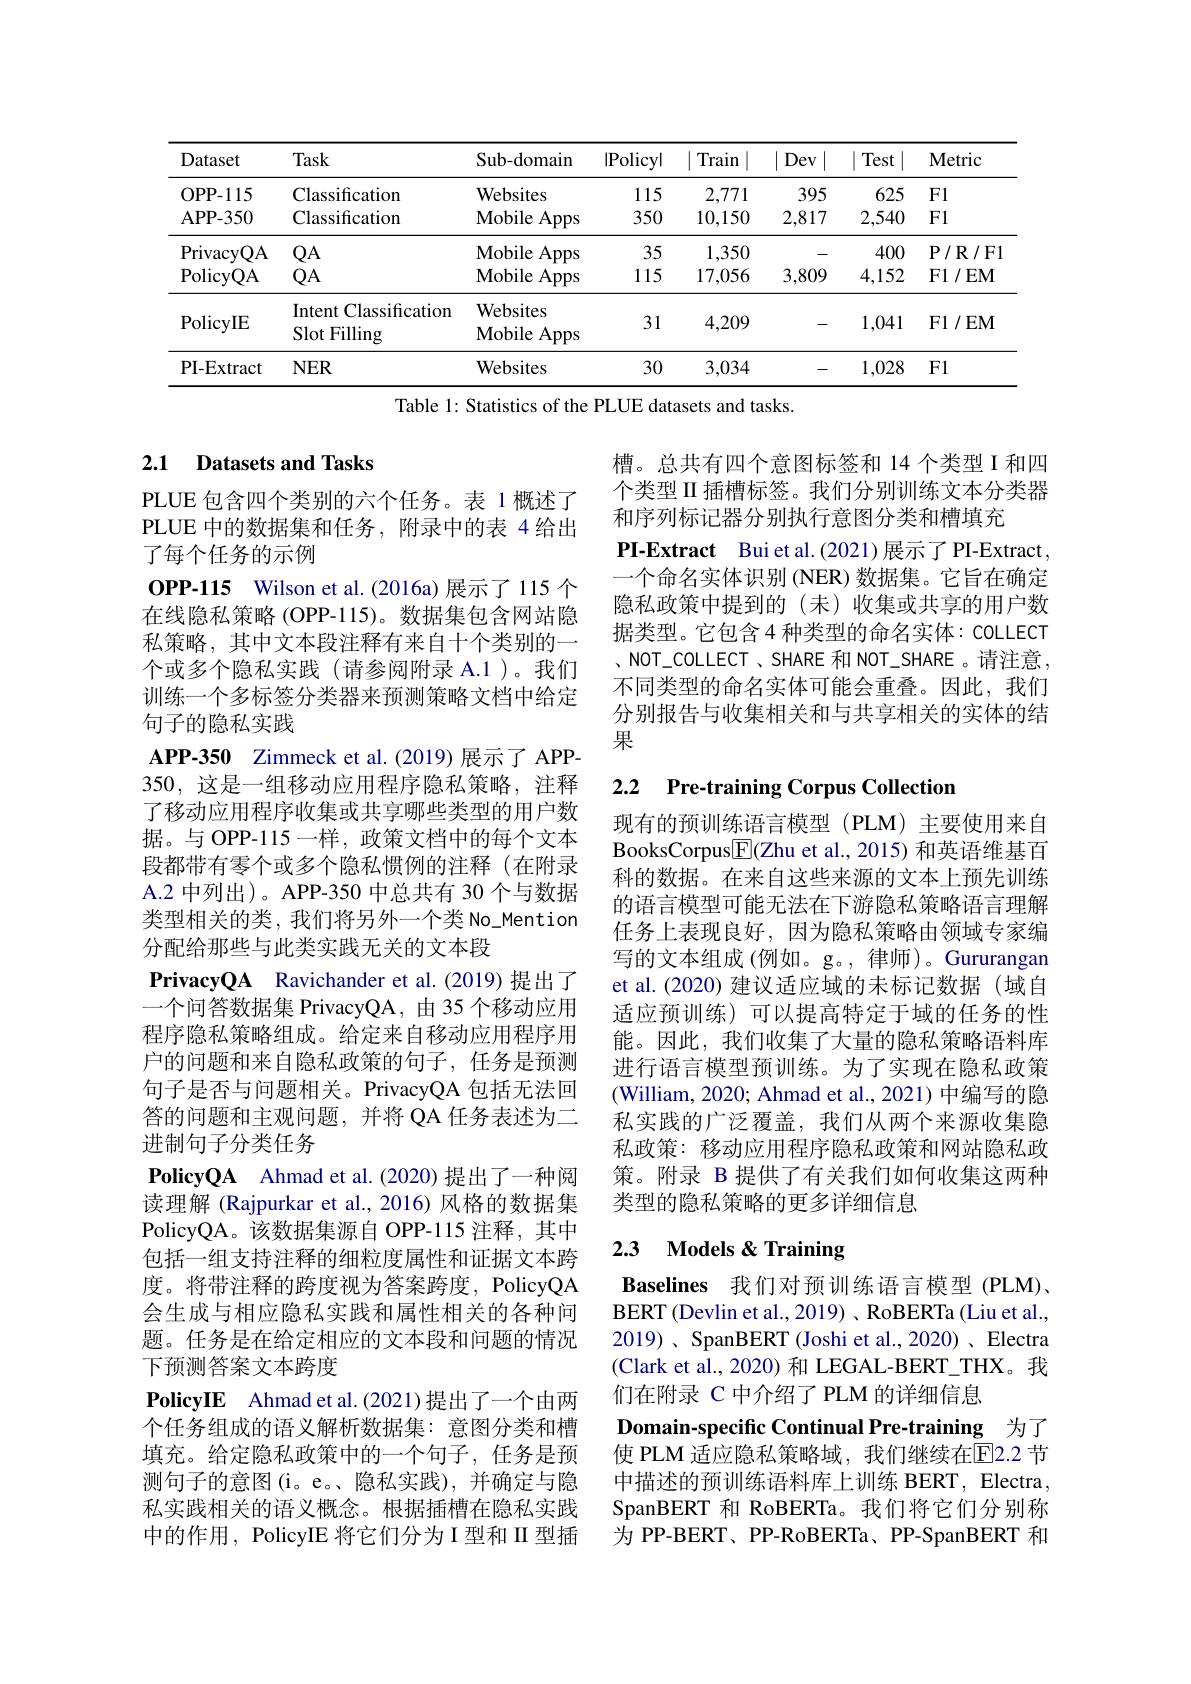
<table>
	<tbody>
		<tr>
			<th>Dataset</th>
			<th>Task</th>
			<th>Sub-domain</th>
			<th>|Policy|</th>
			<th>Train </th>
			<th>Dev</th>
			<th>Test</th>
			<th>Metric</th>
		</tr>
		<tr>
			<td>OPP-115</td>
			<td>Classification</td>
			<td>Websites</td>
			<td>115</td>
			<td>2,771</td>
			<td>395</td>
			<td>625</td>
			<td>F1</td>
		</tr>
		<tr>
			<td>APP- 350</td>
			<td>Classification</td>
			<td>Mobile Apps</td>
			<td>350</td>
			<td>10,150</td>
			<td>2,817</td>
			<td>2,540</td>
			<td>F1</td>
		</tr>
		<tr>
			<td>PrivacyQA PolicyQA</td>
			<td>$QA$ $QA$</td>
			<td>Mobile Apps Mobile Apps</td>
			<td>35 115</td>
			<td>1,350 17,056</td>
			<td>- 3,809</td>
			<td>400 4,152</td>
			<td>$\mathbf{P}/\mathbf{R}/$FI $\mathbf{F}1/$EM</td>
		</tr>
		<tr>
			<td>PolicyIE</td>
			<td>Intent Classification Slot Filling</td>
			<td>Websites Mobile Apps</td>
			<td>31</td>
			<td>4,209</td>
			<td> </td>
			<td>1,041</td>
			<td>$\mathbf{F1}/\mathbf{EM}$</td>
		</tr>
		<tr>
			<td>PI-Extract</td>
			<td>$NER$</td>
			<td>Websites</td>
			<td>30</td>
			<td>3,034</td>
			<td>- -</td>
			<td>1,028</td>
			<td>F1</td>
		</tr>
	</tbody>
</table>
Table 1: Statistics of the PLUE datasets and tasks.

### 2.1 Datasets and Tasks

PLUE 包含四个类别的六个任务。表 1 概述了PLUE 中的数据集和任务，附录中的表 4 给出了每个任务的示例
OPP-115 Wilson et al.(2016a)展示了115 个在线隐私策略(OPP-115)。数据集包含网站隐私策略，其中文本段注释有来自十个类别的一个或多个隐私实践(请参阅附录 A.1 )。我们训练一个多标签分类器来预测策略文档中给定句子的隐私实践
APP-350 Zimmeck et al.(2019) 展示了 APP- 350,这是一组移动应用程序隐私策略，注释了移动应用程序收集或共享哪些类型的用户数据。与 OPP-115一样，政策文档中的每个文本段都带有零个或多个隐私惯例的注释(在附录A.2 中列出)。APP-350 中总共有 30 个与数据类型相关的类，我们将另外一个类 No\_Mention 分配给那些与此类实践无关的文本段
PrivacyQA Ravichander et al.(2019) 提出了一个问答数据集 PrivacyQA, 由 35 个移动应用程序隐私策略组成。给定来自移动应用程序用户的问题和来自隐私政策的句子，任务是预测句子是否与问题相关。PrivacyQA 包括无法回答的问题和主观问题，并将 QA 任务表述为二进制句子分类任务
PolicyQA Ahmad et al.(2020) 提出了一种阅读理解 (Rajpurkar et al.,2016) 风格的数据集PolicyQA。该数据集源自 OPP-115 注释，其中包括一组支持注释的细粒度属性和证据文本跨度。将带注释的跨度视为答案跨度，PolicyQA 会生成与相应隐私实践和属性相关的各种问题。任务是在给定相应的文本段和问题的情况下预测答案文本跨度
PolicyIE Ahmad et al.(2021)提出了一个由两个任务组成的语义解析数据集：意图分类和槽填充。给定隐私政策中的一个句子，任务是预测句子的意图(i。e。、隐私实践),并确定与隐私实践相关的语义概念。根据插槽在隐私实践中的作用，PolicyIE 将它们分为 I 型和 II 型插

槽。总共有四个意图标签和 14 个类型 I 和四个类型 II 插槽标签。我们分别训练文本分类器和序列标记器分别执行意图分类和槽填充
PI-Extract Buiet al.(2021)展示了 PI-Extract 一个命名实体识别 (NER) 数据集。它旨在确定隐私政策中提到的(未)收集或共享的用户数据类型。它包含 4 种类型的命名实体：COLLECT 、 NOT$\_$COLLECT , SHARE 和 NOT$\_$SHARE 。请 注 意 , 不同类型的命名实体可能会重叠。因此，我们分别报告与收集相关和与共享相关的实体的结果

### 2.2 Pre-training Corpus Collectior

现有的预训练语言模型(PLM)主要使用来自BooksCorpus$\underline{\mathrm{F}}($Zhu et al., 2015) 和英语维基百科的数据。在来自这些来源的文本上预先训练的语言模型可能无法在下游隐私策略语言理解任务上表现良好，因为隐私策略由领域专家编写的文本组成(例如。g。,律师)。Gururangan et al.(2020) 建议适应域的未标记数据(域自适应预训练)可以提高特定于域的任务的性能。因此，我们收集了大量的隐私策略语料库进行语言模型预训练。为了实现在隐私政策(William, 2020; Ahmad et al., 2021) 中编写的隐私实践的广泛覆盖，我们从两个来源收集隐私政策：移动应用程序隐私政策和网站隐私政策。附录 B 提供了有关我们如何收集这两种类型的隐私策略的更多详细信息

### 2.3 $\textbf{Models }\&$ Training

Baselines 我们对预训练语言模型 (PLM)、 BERT (Devlin et al., 2019) 、RoBERTa (Liu et al., 2019)、SpanBERT (Joshi et al., 2020)、Electra (Clark et al., 2020) 和 LEGAL-BERT\_THX。我们在附录 C 中介绍了 PLM 的详细信息
Domain-specific Continual Pre-training 为了使 PLM 适应隐私策略域，我们继续在$\overline{\mathrm{E}}$2.2 节中描述的预训练语料库上训练 BERT, Electra, SpanBERT 和 RoBERTa。我们将它们分别称为 PP-BERT、PP-RoBERTa、PP-SpanBERT 和